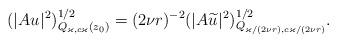
LaTeX: \begin{align*}& (|A u_{}|^2)^{1/2}_{Q_{ \varkappa, c \varkappa} (z_0)} = (2\nu r)^{-2} (|A \widetilde u_{}|^2)^{1/2}_{Q_{\varkappa/(2\nu r), c \varkappa/(2\nu r)}}. \end{align*}